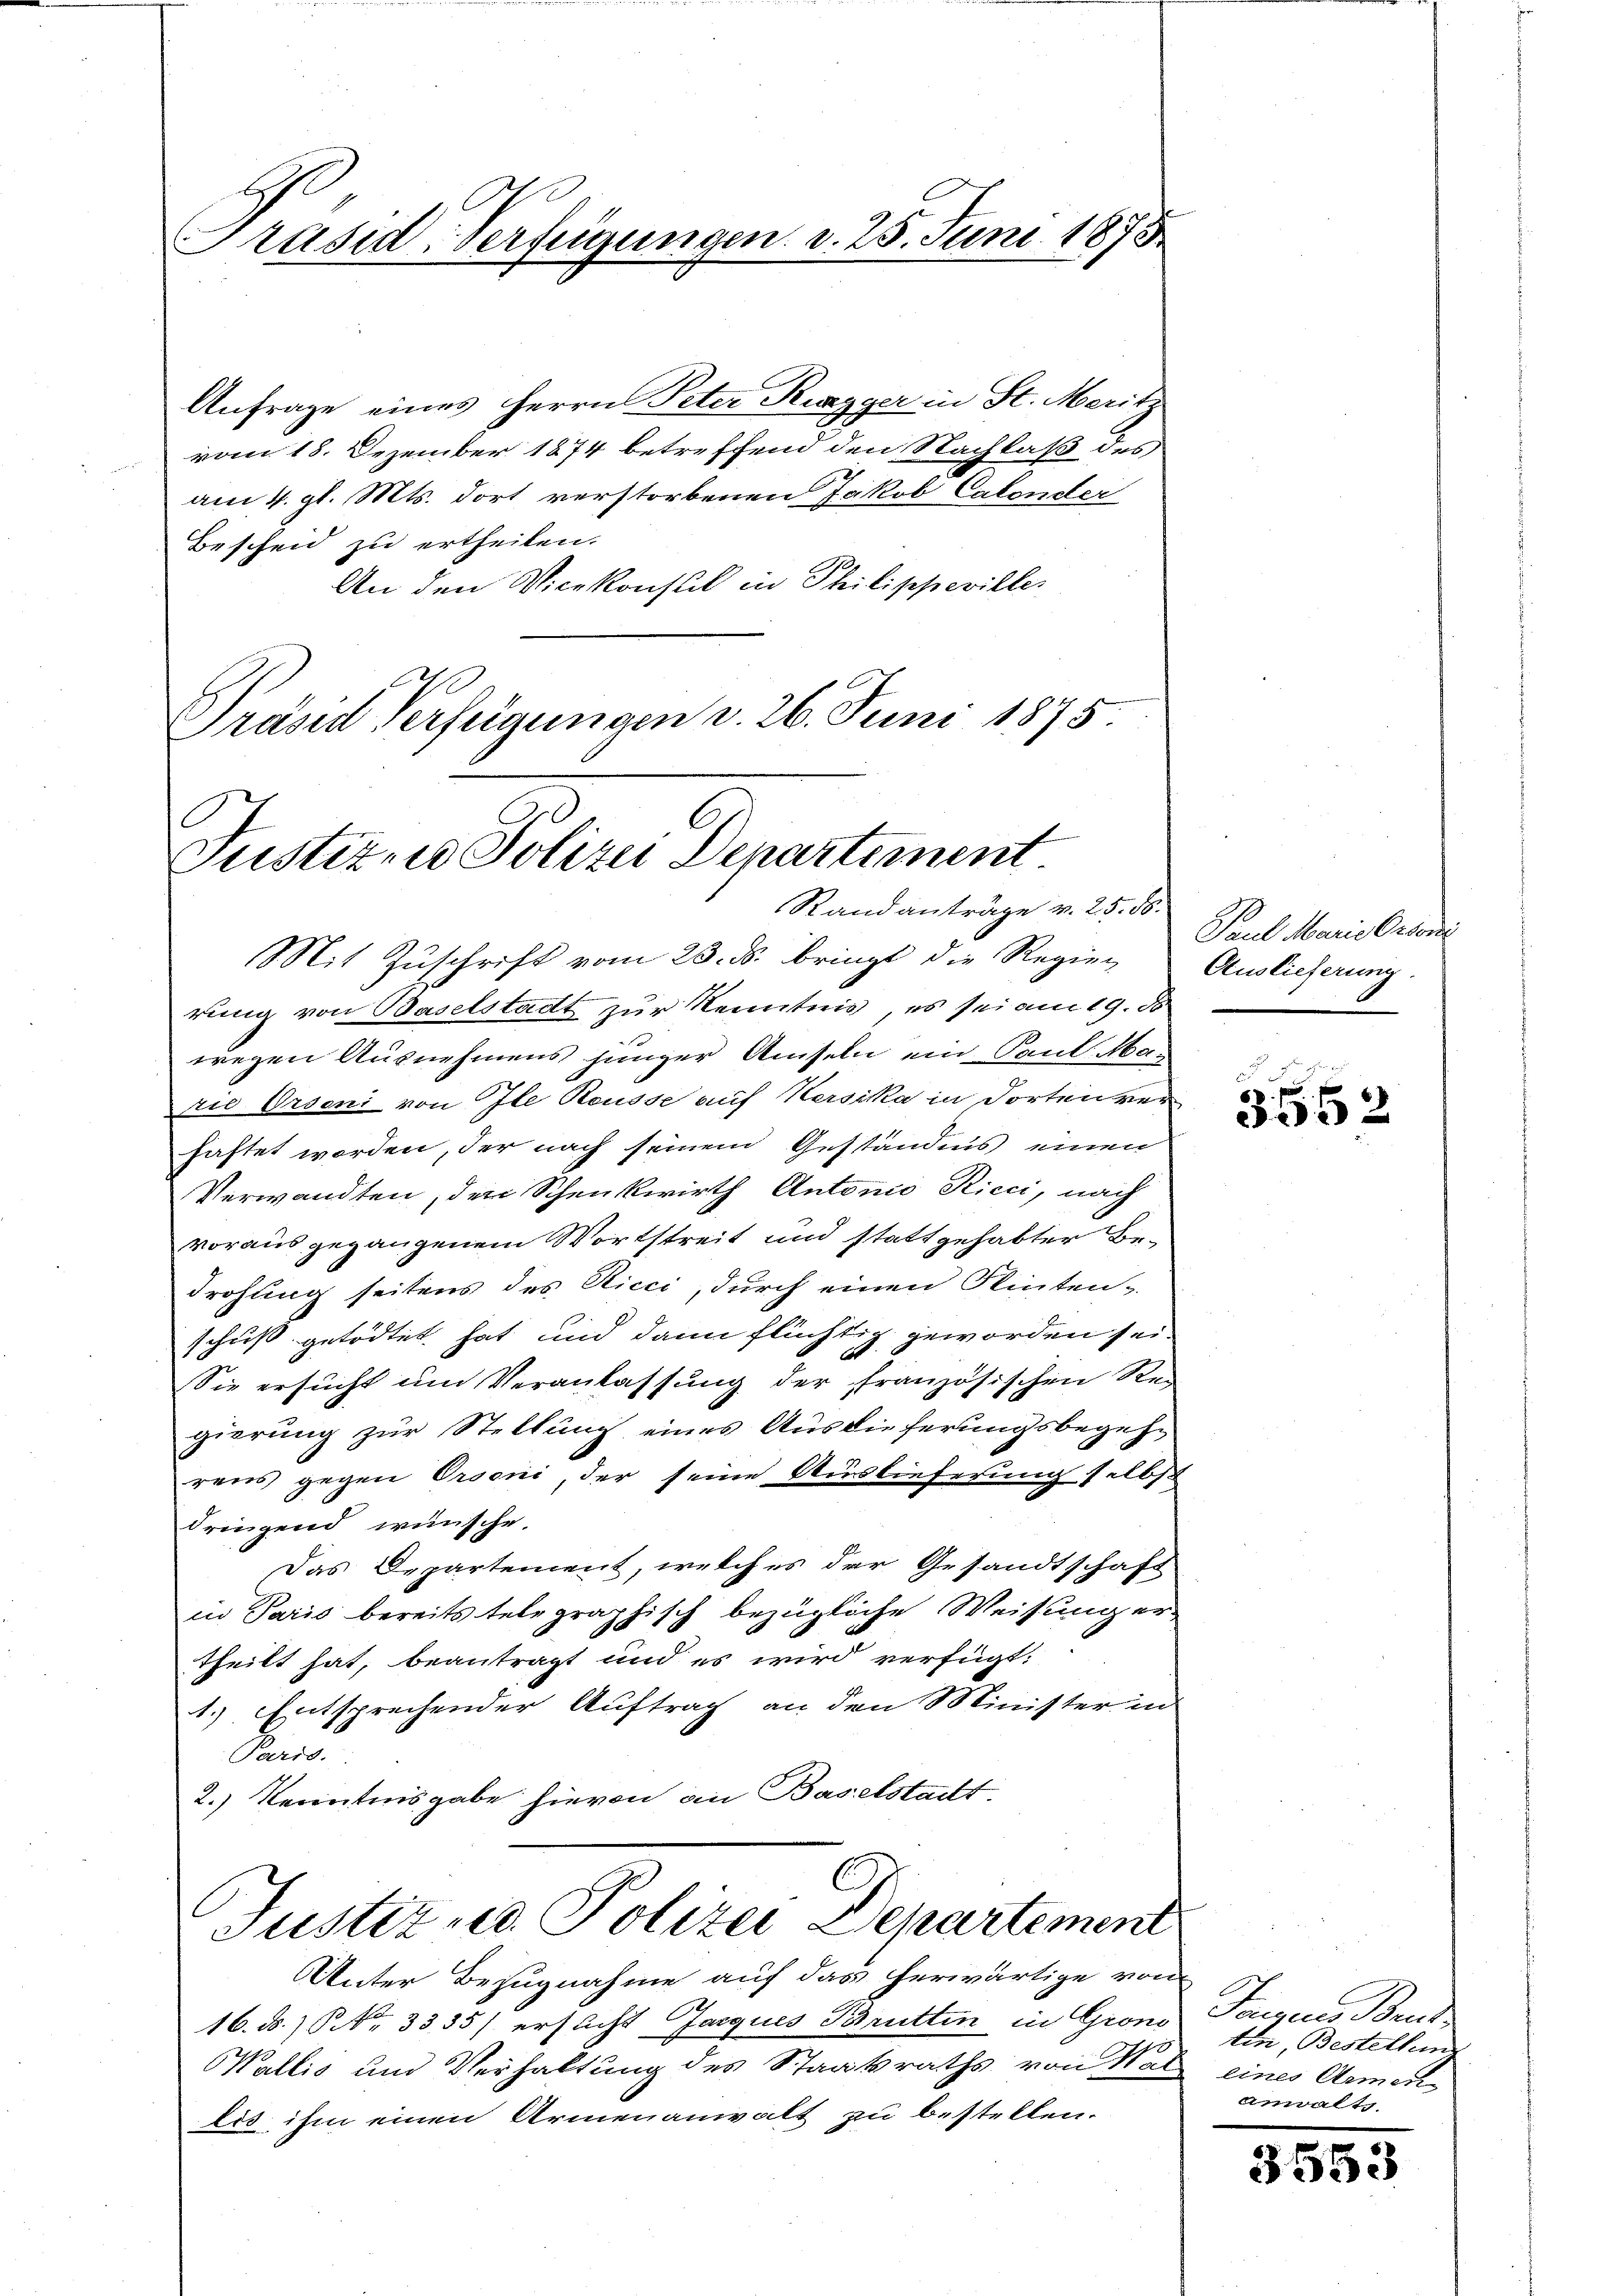
Präsid. Verfügungen d. 25. Juni 1875

Anfrage eines Herrn Peter Rigger in St. Meritz
vom 18. Dezember 1874 betreffend den Nachlaß des
am 4. gl. Mts. dort verstorbenen Jakob Calonder
Bescheid zu ertheilen.
An den Vicekonsul in Philippeviller
Präses Verfügungen v. 26. Juni 1875.

Justizen Polizei Departement
Randanträge v. 25. 56.

Mit Zŭschrift vom 23. ds. bringt die Regier
t
rung von Baselstadt zur Kenntnis, es sei am 19. d
wegen Ausnehmens junger Amseln ein Paul Mar
rie Orseni von Ile Rousse auf Versika in Torten ver
haftet worden, der nach seinem Geständnis einen
Verwandten, den Schenkwirth Antonio Ricci, nach
vorausgegangenem Wortstreit und stattgehabter Bedrohung seitens des Ricci, durch einen Flinten-
schuß getödtet hat und dann flüchtig geworden sei.
Sie ersucht um Veranlassung der französischen Rec
gierung zur Stellung eines Auslieferungsbegehrens gegen Orseni, der seine Auslieferung selbst
dringend wünsche.
Das Departement, welches der Gesandtschaft
in Paris bereits telegraphisch bezügliche Weisung er-
theilt hat, beantragt und es wird verfügt:
1.) Entsprechender Auftrag an den Minister in
Parid.
2.) Kenntnisgabe hievon an Baselstadt.
C
Justiz und Polizei Departement
Unter Bezugnahme auf das herwärtige von
16. ds. ) P. Nr. 3335) ersucht Jarques Brütten in Grons Tages Brud
Wallis und Verhaltung des Staatsraths von War eines Armen
lis ihm einen Armenanwalt zu bestellen.

Paul Marie Ordoni
Auslieferung.

4 x

332

tin, Bestellung
anwalts.

3553